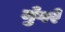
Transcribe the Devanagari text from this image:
मुँगरे